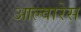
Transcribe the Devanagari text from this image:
आल्वारेस